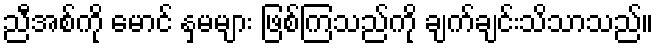
ညီအစ်ကို မောင် နှမများ ဖြစ်ကြသည်ကို ချက်ချင်းသိသာသည်။